Vaccination Hyderabad 1872-1889 - 1872-1889
Year: 1872
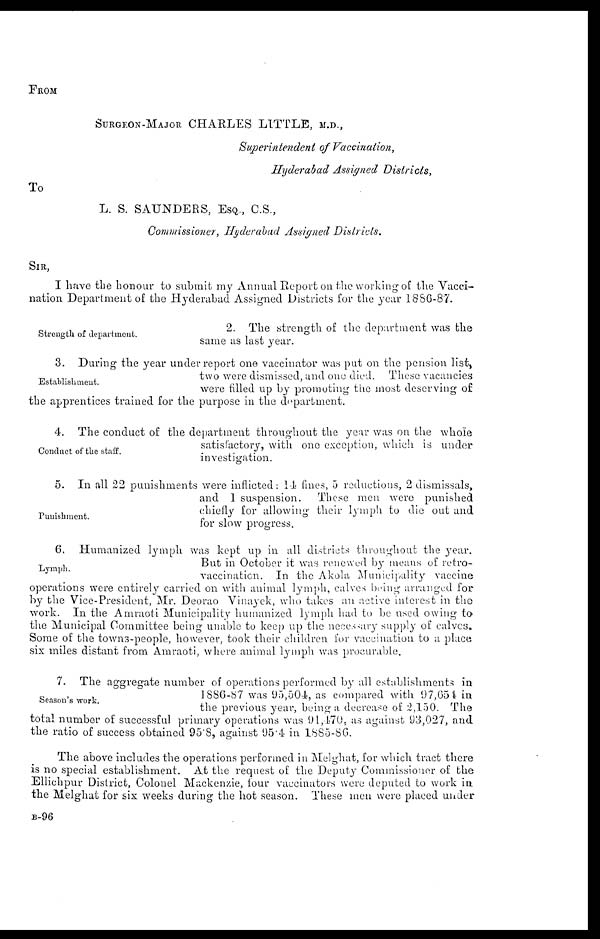
FROM
SURGEON-MAJOR CHARLES LITTLE, M.D.,
Superintendent of Vaccination,
Hyderabad Assigned Districts,
To
L. S. SAUNDERS, ESQ., C.S.,
Commissioner, Hyderabad Assigned Districts.
SIR,
I have the honour to submit my Annual Report on the working of the Vacci-
nation Department of the Hyderabad Assigned Districts for the year 1886-87.
Strength of department.
2. The strength of the department was the
same as last year.
Establishment.
3. During the year under report one vaccinator was put on the pension list,
two were dismissed, and one died. These vacancies
were filled up by promoting the most deserving of
the apprentices trained for the purpose in the department.
Conduct of the staff.
4. The conduct of the department throughout the year was on the whole
satisfactory, with one exception, which is under
investigation.
Punishment.
5. In all 22 punishments were inflicted: 14 fines, 5 reductions, 2 dismissals,
and 1 suspension. These men were punished
chiefly for allowing their lymph to die out and
for slow progress.
Lymph.
6. Humanized lymph was kept up in all districts throughout the year.
But in October it was renewed by means of retro-
vaccination. In the Akola Municipality vaccine
operations were entirely carried on with animal lymph, calves being arranged for
by the Vice-President, Mr. Deorao Vinayek, who takes an active interest in the
work. In the Amraoti Municipality humanized lymph had to be used owing to
the Municipal Committee being unable to keep up the neccssary supply of calves.
Some of the towns-people, however, took their children for vaccination to a place
six miles distant from Amraoti, where animal lymph was procurable.
Season's work.
7. The aggregate number of operations performed by all establishments in
1886-87 was 95,504, as compared with 97,654 in
the previous year, being a decrease of 2,150. The
total number of successful primary operations was 91,470, as against 93,027, and
the ratio of success obtained 95.8, against 95.4 in 1885-86.
The above includes the operations performed in Melghat, for which tract there
is no special establishment. At the request of the Deputy Commissioner of the
Ellichpur District, Colonel Mackenzie, four vaccinators were deputed to work in
the Melghat for six weeks during the hot season. These men were placed under
B-96